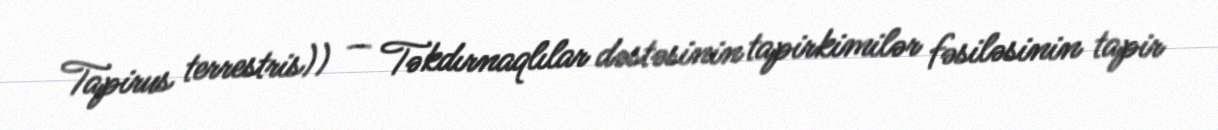
Tapirus terrestris)) — Təkdırnaqlılar dəstəsinin tapirkimilər fəsiləsinin tapir